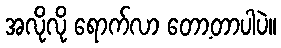
အလိုလို ရောက်လာ တော့တာပါပဲ။